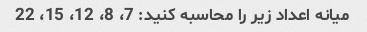
میانه اعداد زیر را محاسبه کنید: 7، 8، 12، 15، 22